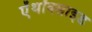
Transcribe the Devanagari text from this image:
ऐंथॉक्साइड